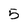
Character: 5